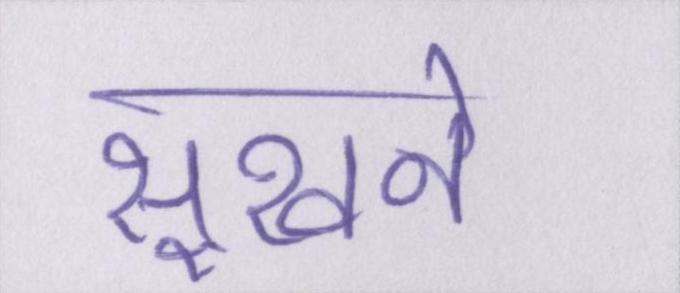
सूखने